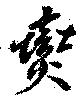
変